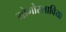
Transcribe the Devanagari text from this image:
योगौस्लाविया